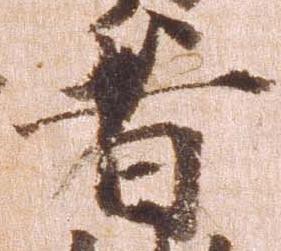
者